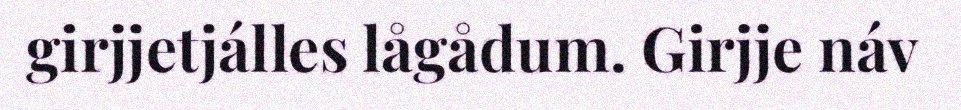
girjjetjálles lågådum. Girjje náv